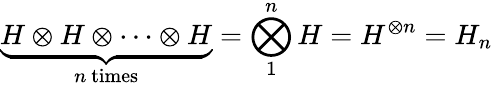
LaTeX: \underbrace{H\otimes H\otimes\dots\otimes H}_{n{\mathrm{~times}}}=\bigotimes_{1}^{n}H=H^{\otimes n}=H_{n}